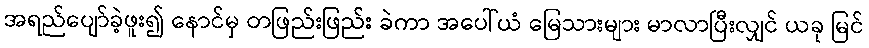
အရည်ပျော်ခဲ့ဖူး၍ နောင်မှ တဖြည်းဖြည်း ခဲကာ အပေါ်ယံ မြေသားများ မာလာပြီးလျှင် ယခု မြင်